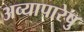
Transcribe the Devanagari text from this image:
अव्यापारेषु